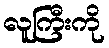
လူကြီးကို